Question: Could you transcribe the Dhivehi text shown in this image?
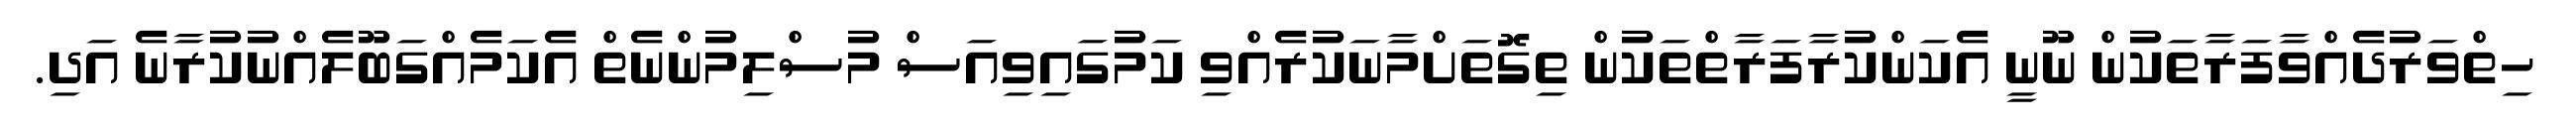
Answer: ހިތްވަރުދެއްވާފަރާތަކުން ނޫނީ އެކަންކުރާފަރާތްތަކުން ތިގޮތަށްމާނަކުރެއްވި ކަމުގައިވިއަސް މުސްލިމުންނެތް އެކަމެއްގަބޫލެއްނުކުރާނެ އަދި.